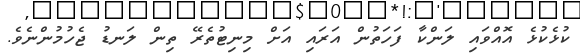
ކުޅެކުޅެ އޮއްވައި ލަންކާ ފަހަތުން އަރައި އަށް މިނިޓުތެރޭ ތިން ލަނޑު ޖެހުމުންނެވެ.